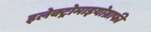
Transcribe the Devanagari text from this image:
इलेक्ट्रोमाइयोग्राफी